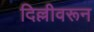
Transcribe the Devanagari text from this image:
दिल्लीवरून